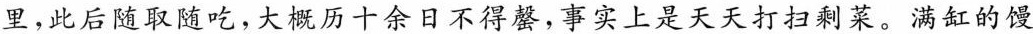
里，此后随取随吃，大概历十余日不得罄，事实上是天天打扫剩菜。满缸的馒头